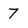
Character: 7